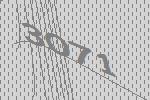
3071